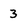
Character: 3